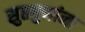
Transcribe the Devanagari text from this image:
सुप्तगुणांना